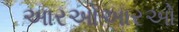
આરઓઆરઓ